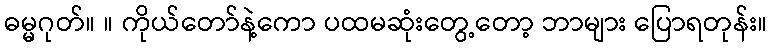
ဓမ္မဂုတ်။ ။ ကိုယ်တော်နဲ့ကော ပထမဆုံးတွေ့တော့ ဘာများ ပြောရတုန်း။